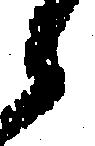
候